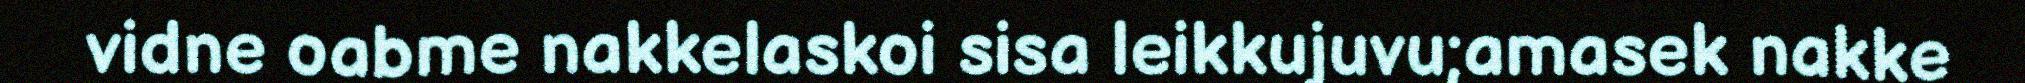
vidne oabme nakkelaskoi sisa leikkujuvu;amasek nakke